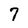
Character: 7